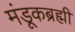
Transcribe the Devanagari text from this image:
मंडूकब्रह्मी